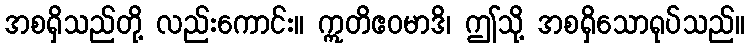
အစရှိသည်တို့ လည်းကောင်း။ ဣတိဧဝမာဒိ၊ ဤသို့ အစရှိသောရုပ်သည်။